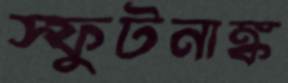
স্ফুটনাঙ্ক